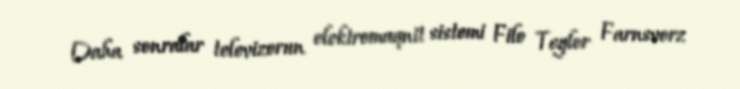
Daha sonralar televizorun elektromaqnit sistemi Filo Teylor Farnsvorz